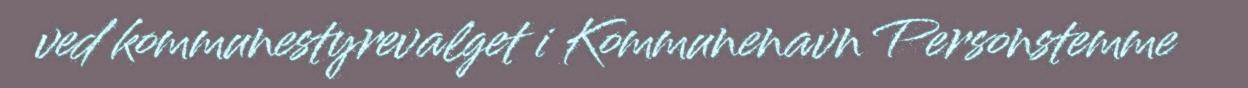
ved kommunestyrevalget i Kommunenavn Personstemme